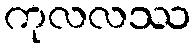
ကုလလဿ